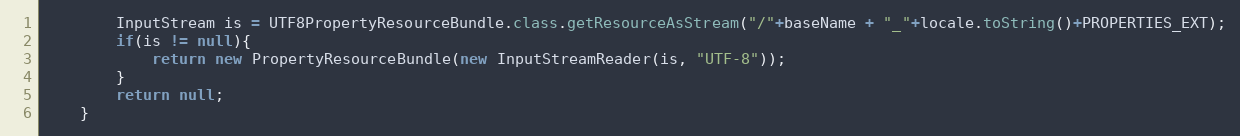
Language: Java
		InputStream is = UTF8PropertyResourceBundle.class.getResourceAsStream("/"+baseName + "_"+locale.toString()+PROPERTIES_EXT);
		if(is != null){
			return new PropertyResourceBundle(new InputStreamReader(is, "UTF-8"));
		}
		return null;
	}